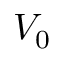
V _ { 0 }